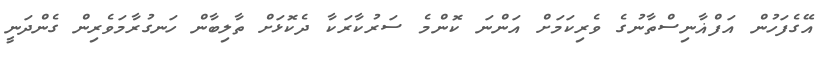
އޭގެފަހުން އަފްޣާނިސްތާނުގެ ވެރިކަމަށް އަންނަ ކޮންމެ ސަރުކާރަކާ ދެކޮޅަށް ތާލިބާން ހަނގުރާމަވެރިން ގެންދަނީ